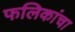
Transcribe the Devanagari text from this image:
फलिकांचा